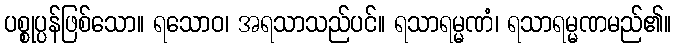
ပစ္စုပ္ပန်ဖြစ်သော။ ရသောဝ၊ အရသာသည်ပင်။ ရသာရမ္မဏံ၊ ရသာရမ္မဏမည်၏။